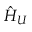
\hat { H } _ { U }